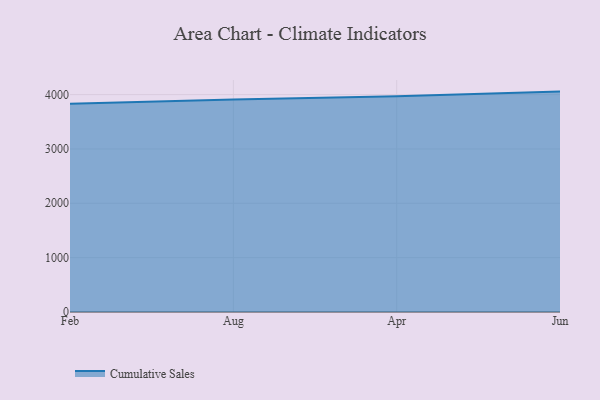
{"axis": {"x": "Month", "y": "Tickets Resolved"}, "legend": ["Cumulative Sales"], "data": [{"x": "Feb", "y": 3833.7, "type": "Cumulative Sales"}, {"x": "Aug", "y": 3909.5, "type": "Cumulative Sales"}, {"x": "Apr", "y": 3969.1, "type": "Cumulative Sales"}, {"x": "Jun", "y": 4055.0, "type": "Cumulative Sales"}]}